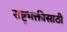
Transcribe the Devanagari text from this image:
राष्ट्रभक्तीसाठी